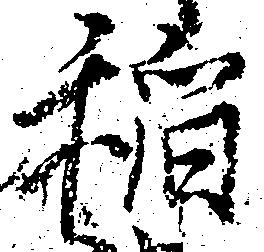
稲